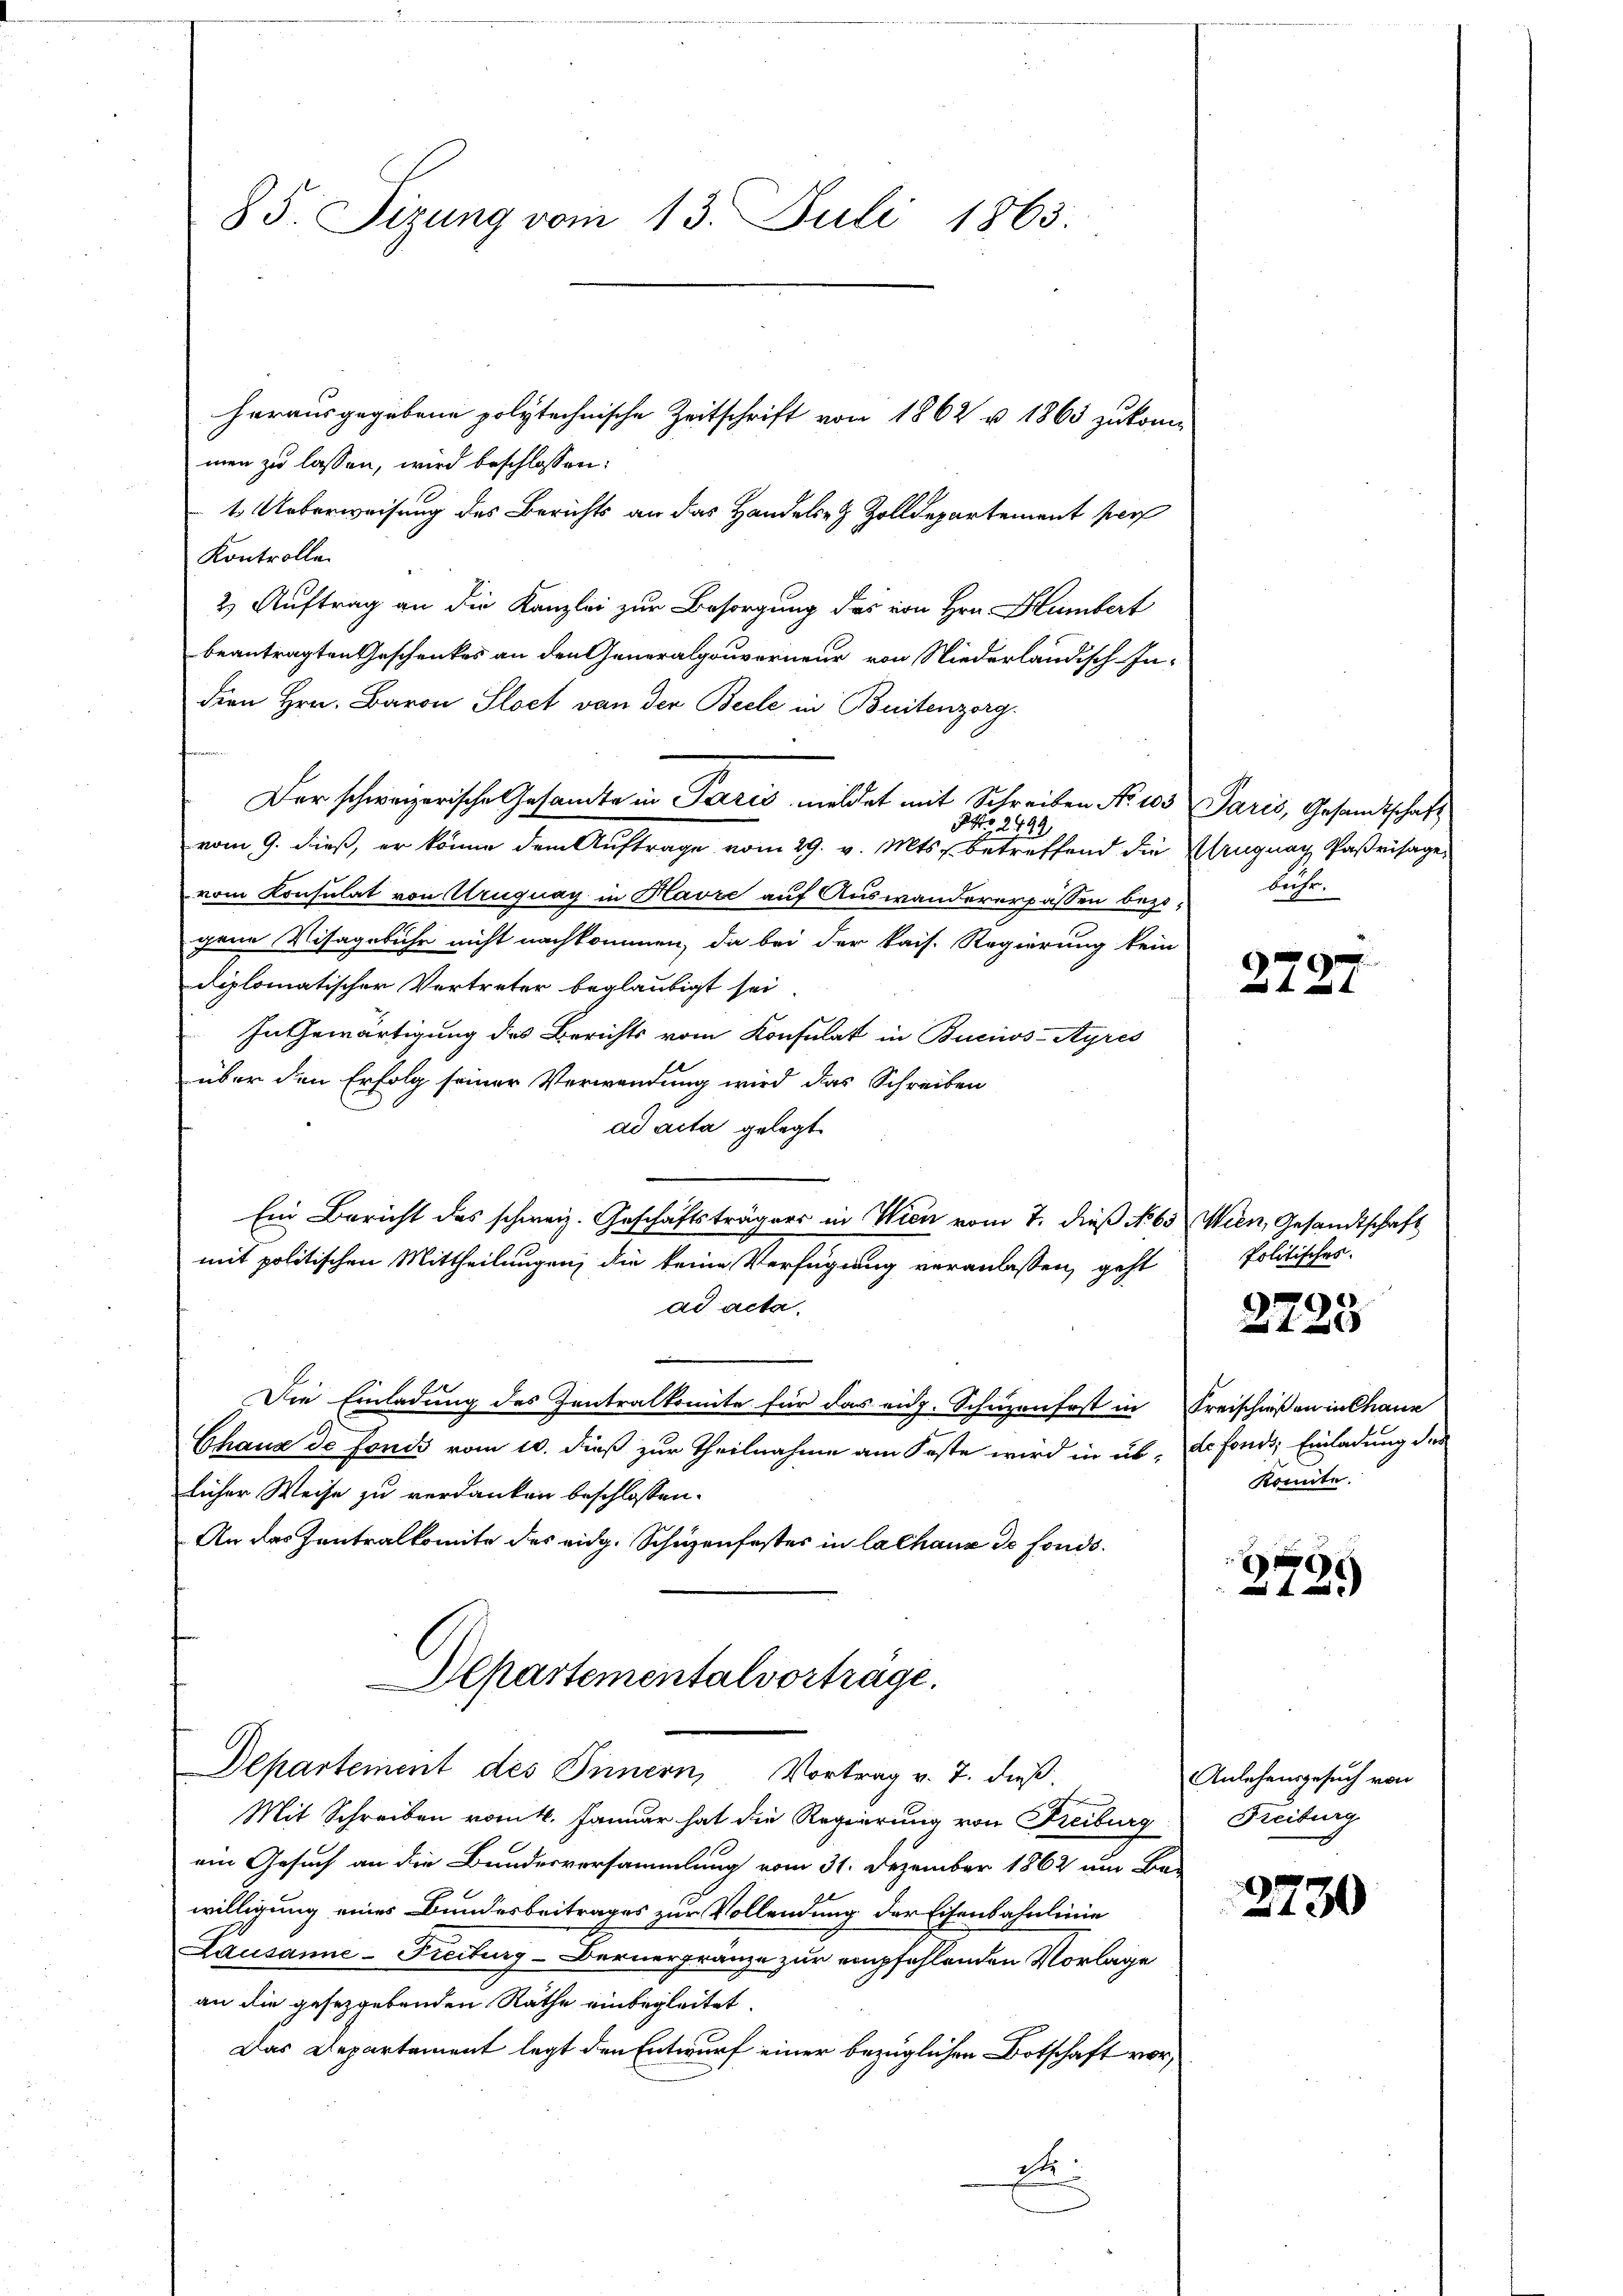
85. Sizung vom 13. Juli 1863.

herausgegebene polytechnische Zeitschrift von 1862 u. 1863 zukommen zu lassen, wird beschlossen:
1. Ueberweisung des Berichts an das Handels- & Zolldepartement per
Kontrolle.
2) Auftrag an die Kanzlei zur Besorgung des von Hrn. Humbert
beantragten Geschenkes an den Generalgouverneur von Niederländisch-In-
dien Hrn. Baron Sloct von der Beele in Buitenzorg
Der schweizerische Gesandte in Paris mildet mit Schreiben No 103 Paris, Gesandtschaft
NNo. 2499.
vom 9. dieß, er könne dem Aŭftrage vom 29. v. Mts. betreffend die Uruguay Parisage
vom Konsulat von Uruguay in Havre auf Auswandererpassen bezigene Visagebühr nicht nachkommen, da bei der kais. Regierung kein
diplomatischer Vertreter beglaubigt sei.
In Gewärtigung des Berichts vom Konsulat in Buciwos-Ayres
über den Erfolg seiner Verwendung wird das Schreiben
ad acta gelegt.
Ein Bericht des schweiz. Geschäftsträgers in Wien vom 7. dieß No 63 Wien, Gesandtschaft
mit politischen Mittheilungen, die keine Verfügung veranlassen, geht
ad acta.
Die Einladung des Zentralkomite für das eidg. Schuzenfest in Freischießen in Chaue
Chaux de fonds vom 10. dieß zur Theilnahme am Feste wird in üb. de fonds, Einladung der
licher Weise zu verdanken beschlossen.
An des Zentralkomite des eidg. Schüzenfestes in lalhaus de fonds¬
Departementalvortrage.

Departement des Innern, Vortrag v. 7. dieß¬
Mit Schreiben vom 4. Januar hat die Regierung von Freiburg
ein Gesuch an die Bundesversammlung vom 31. Dezember 1862 um Be-
willigung eines Bundesbeitrages zur Vollendung der Eisenbahnlinie
Lausanne-Freiburg-Bernergränze zur empfehlenden Vorlage
an die gesetzgebenden Rathe einbegleitet.
Das Departement legt den Entwurf einer bezüglichen Botschaft vor¬
D

bühr.

2727

Politisches.

2725

konnte.

2789

Anlehensgesuch von
Freiburg

2730